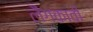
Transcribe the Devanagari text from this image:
लैंगकावी